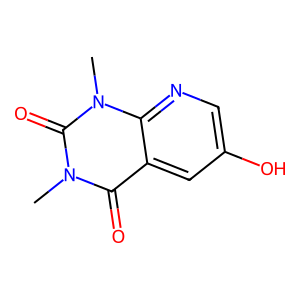
SMILES: Cn1c(=O)c2cc(O)cnc2n(C)c1=O
Inhibits HIV replication: No